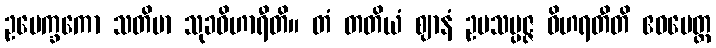
ဥပေက္ခကော သတိမာ သုခဝိဟာရီတိ။ တံ တတိယံ ဈာနံ ဥပသမ္ပဇ္ဇ ဝိဟရတီတိ ဧဝမေတ္ထ